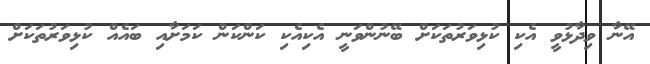
އޭނާ ވިދާޅުވީ އެކި ކުޅިވަރުތަކަށް ބޭނުންވަނީ އެކިއެކި ކަންކަން ކަމަށާއި ބައެއް ކުޅިވަރުތަކަށް